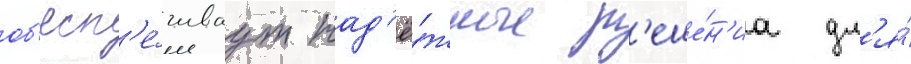
об'есп'е́чиваут над'ё́жные р'еше́н'иа дл'я́